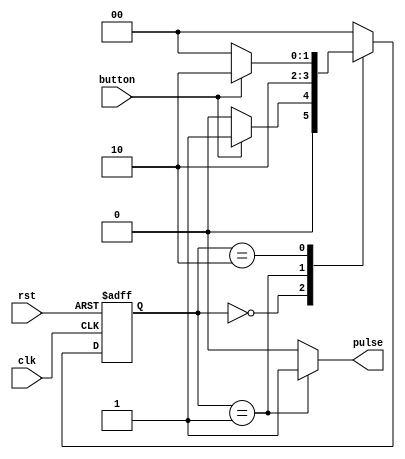
`timescale 1ns / 1ps
//////////////////////////////////////////////////////////////////////////////////
// Company: 
// 
// Design Name: 	
// Module Name:    ButtonPulse 
// Project Name: 	ButtonRotate
// Target Devices: Spartan 3
// Tool versions: 
// Description: Kataskeui FSM wste na apofeuxthei i auksisi tou counter stin periptwsi 
//						pou exoume to button synexomena patimeno.
//
// Dependencies: 
//
// Revision: 
// Revision 0.01 - File Created
// Additional Comments: 
//
//////////////////////////////////////////////////////////////////////////////////
module ButtonPulse(
		clk,
		rst,
		button,
		pulse
    );
	 
	input clk,rst;
	input button;
	output reg pulse;	
	
	reg [1:0] state,nxt_state;
  
	parameter S0 = 2'b00;
   parameter S1 = 2'b01;
   parameter S2 = 2'b10;
	
	always @(state or button)
	begin
		case(state)
			S0: 
			begin				
				pulse = 0;
				if (button)	
				begin
					nxt_state = S1;
				end
				else
				begin
					nxt_state = S0;
				end
			end	
			S1: 
			begin				
				pulse = 1;
				nxt_state = S2;
			end								
			S2: 
			begin					
				pulse = 0;
				if (~button)
				begin
					nxt_state = S0;
				end
				else
				begin
					nxt_state = S2;
				end
			end
			default: 
			begin
				pulse = 0;
				nxt_state = S0;
			end
		endcase
	end
	
	always @(posedge clk or posedge rst)
	begin
		if(rst)
		begin
			state <= S0;
		end
		else
			state <= nxt_state;
	end
			  
endmodule